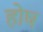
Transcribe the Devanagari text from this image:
होष